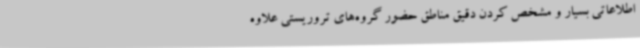
اطلاعاتی بسیار و مشخص کردن دقیق مناطق حضور گروه‌های تروریستی علاوه